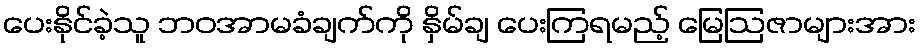
ပေးနိုင်ခဲ့သူ ဘဝအာမခံချက်ကို နှိမ်ချ ပေးကြရမည့် မြေဩဇာများအား